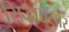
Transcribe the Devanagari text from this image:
सिद्धांतसार